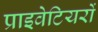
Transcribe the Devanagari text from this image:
प्राइवेटियरों